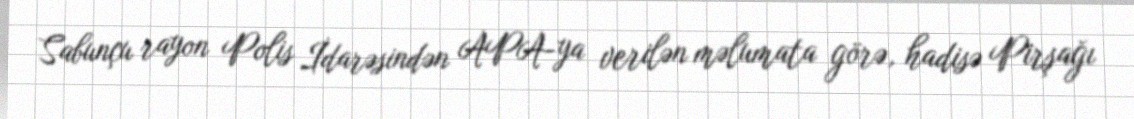
Sabunçu rayon Polis İdarəsindən APA-ya verilən məlumata görə, hadisə Pirşağı